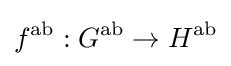
f^{\text{ab}}:G^{\text{ab}}\to H^{\text{ab}}